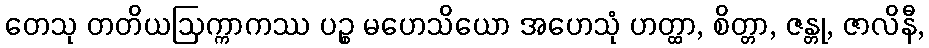
တေသု တတိယဩက္ကာကဿ ပဉ္စ မဟေသိယော အဟေသုံ ဟတ္ထာ, စိတ္တာ, ဇန္တု, ဇာလိနီ,